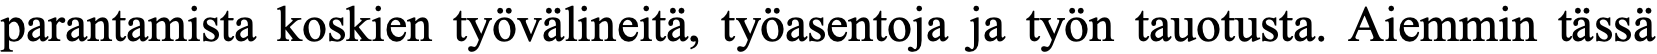
parantamista koskien työvälineitä, työasentoja ja työn tauotusta. Aiemmin tässä